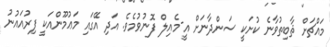
މައްޗަށް ޘާބިތުވާނެ ކުށަކީ ސަންދާނަށް އީ-މެއިލް ފޮނުވުމެވެ. އަދި އޭގައި މަޢުމޫންއަކީ ފިރުއައުނު